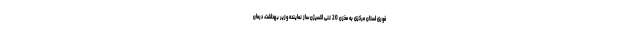
فوری استان مرکزی به مخزن 20 تنی اکسیژن ساز نماینده وزیر بهداشت، درمان